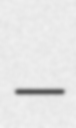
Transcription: –